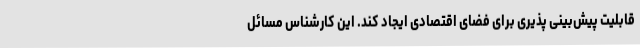
قابلیت پیش‌بینی پذیری برای فضای اقتصادی ایجاد کند. این کارشناس مسائل